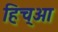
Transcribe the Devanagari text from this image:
हिच्आ